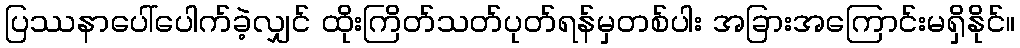
ပြဿနာပေါ်ပေါက်ခဲ့လျှင် ထိုးကြိတ်သတ်ပုတ်ရန်မှတစ်ပါး အခြားအကြောင်းမရှိနိုင်။